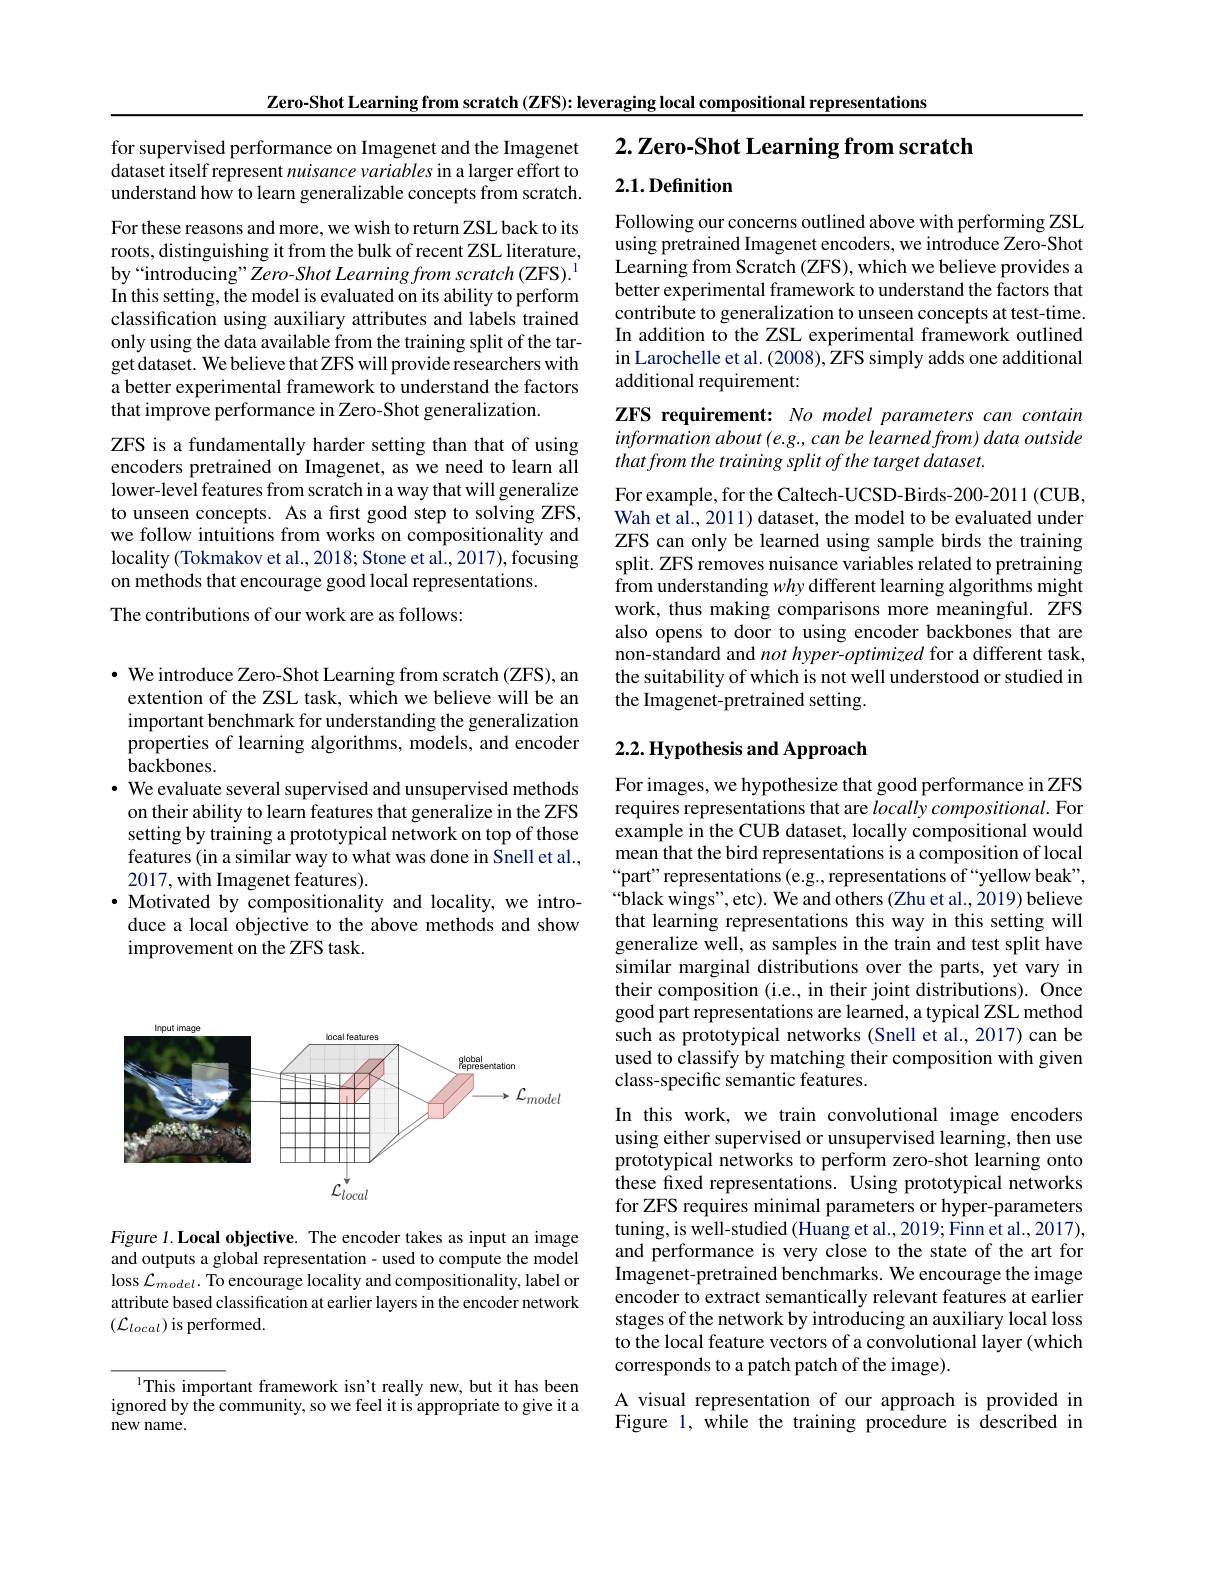
Zero-Shot Learning from scratch (ZFS): leveraging local compositional representations

## $2. \textbf{ Zero- Shot Learning from scratch}$

for supervised performance on Imagenet and the Imagenet dataset itself represent nuisance variables in a larger effort to understand how to learn generalizable concepts from scratch.

2.1. Definition

Following our concerns outlined above with performing ZSL using pretrained Imagenet encoders, we introduce Zero-Shot Learning from Scratch (ZFS), which we believe provides a better experimental framework to understand the factors that contribute to generalization to unseen concepts at test-time. In addition to the ZSL experimental framework outlined in Larochelle et al. (2008), ZFS simply adds one additional additional requirement:

For these reasons and more, we wish to return ZSL back to its roots, distinguishing it from the bulk of recent ZSL literature, by“introducing”Zero-Shot Learning from scratch (ZFS). In this setting, the model is evaluated on its ability to perform classification using auxiliary attributes and labels trained only using the data available from the training split of the target dataset. We believe that ZFS will provide researchers with a better experimental framework to understand the factors that improve performance in Zero-Shot generalization.
ZFS is a fundamentally harder setting than that of using encoders pretrained on Imagenet, as we need to learn all lower-level features from scratch in a way that will generalize to unseen concepts. As a first good step to solving ZFS, we follow intuitions from works on compositionality and locality (Tokmakov et al., 2018; Stone et al., 2017), focusing on methods that encourage good local representations.
The contributions of our work are as follows:

ZFS requirement: No model parameters can contain information about (e.g., can be learned from) data outside that from the training split of the target dataset.

For example, for the Caltech-UCSD-Birds-200-2011(CUB, Wah et al., 2011) dataset, the model to be evaluated under ZFS can only be learned using sample birds the training split. ZFS removes nuisance variables related to pretraining from understanding why different learning algorithms might work, thus making comparisons more meaningful. ZFS also opens to door to using encoder backbones that are non-standard and not hyper-optimized for a different task, the suitability of which is not well understood or studied in the Imagenet-pretrained setting.

## $2. 2. \textbf{Hypothesis and Approach}$

$\cdot$ We introduce Zero-Shot Learning from scratch (ZFS), an extention of the ZSL task, which we believe will be an important benchmark for understanding the generalization properties of learning algorithms, models, and encoder backbones.
$\cdot$ We evaluate several supervised and unsupervised methods on their ability to learn features that generalize in the ZFS setting by training a prototypical network on top of those features (in a similar way to what was done in Snell et al., 2017, with Imagenet features).
$\cdot$ Motivated by compositionality and locality, we introduce a local objective to the above methods and show improvement on the ZFS task.

For images, we hypothesize that good performance in ZFS requires representations that are $locallycompositional.$ For $\hat{\text{example in the CUB dataset, locally compositional would}}$ mean that the bird representations is a composition of local “part” representations (e.g., representations of“yellow beak", $“$black wings",etc). We and others (Zhu et al.,2019) believe that learning representations this way in this setting will generalize well, as samples in the train and test split have similar marginal distributions over the parts, yet vary in their composition (i.e., in their joint distributions). Once good part representations are learned, a typical ZSL method such as prototypical networks (Snell et al., 2017) can be used to classify by matching their composition with given class-specific semantic features.
In this work, we train convolutional image encoders using either supervised or unsupervised learning, then use prototypical networks to perform zero-shot learning onto these fixed representations. Using prototypical networks for ZFS requires minimal parameters or hyper-parameters tuning, is well-studied (Huang et al., 2019; Finn et al., 2017), and performance is very close to the state of the art for Imagenet-pretrained benchmarks. We encourage the image encoder to extract semantically relevant features at earlier stages of the network by introducing an auxiliary local loss to the local feature vectors of a convolutional layer (which corresponds to a patch patch of the image).
A visual representation of our approach is provided in Figure 1, while the training procedure is described in

<FigureHere>

Figure 1.Local objective. The encoder takes as input an image and outputs a global representation- used to compute the model loss $\mathcal{L}_model.$ To encourage locality and compositionality, label or attribute based classification at earlier layers in the encoder network $(\mathcal{L}_{local})$ is performed.

$^{1}$This important framework isn't really new, but it has been ignored by the community, so we feel it is appropriate to give it a new name.